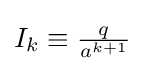
{\textstyle I_{k}\equiv {\frac {q}{a^{k+1}}}}